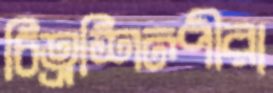
চিত্রশিল্পীরা